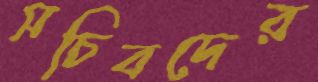
সচিবদের